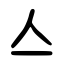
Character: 亼